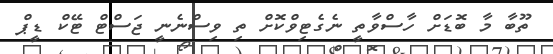
ތޫބާ މާ ބޮޑަށް ހާސްވާތީ ނެގެޓިވްކޮށް ތި ވިސްނެނީ ޖަސްޓް ޓޭކް ޑީޕް